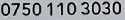
0750 110 3030